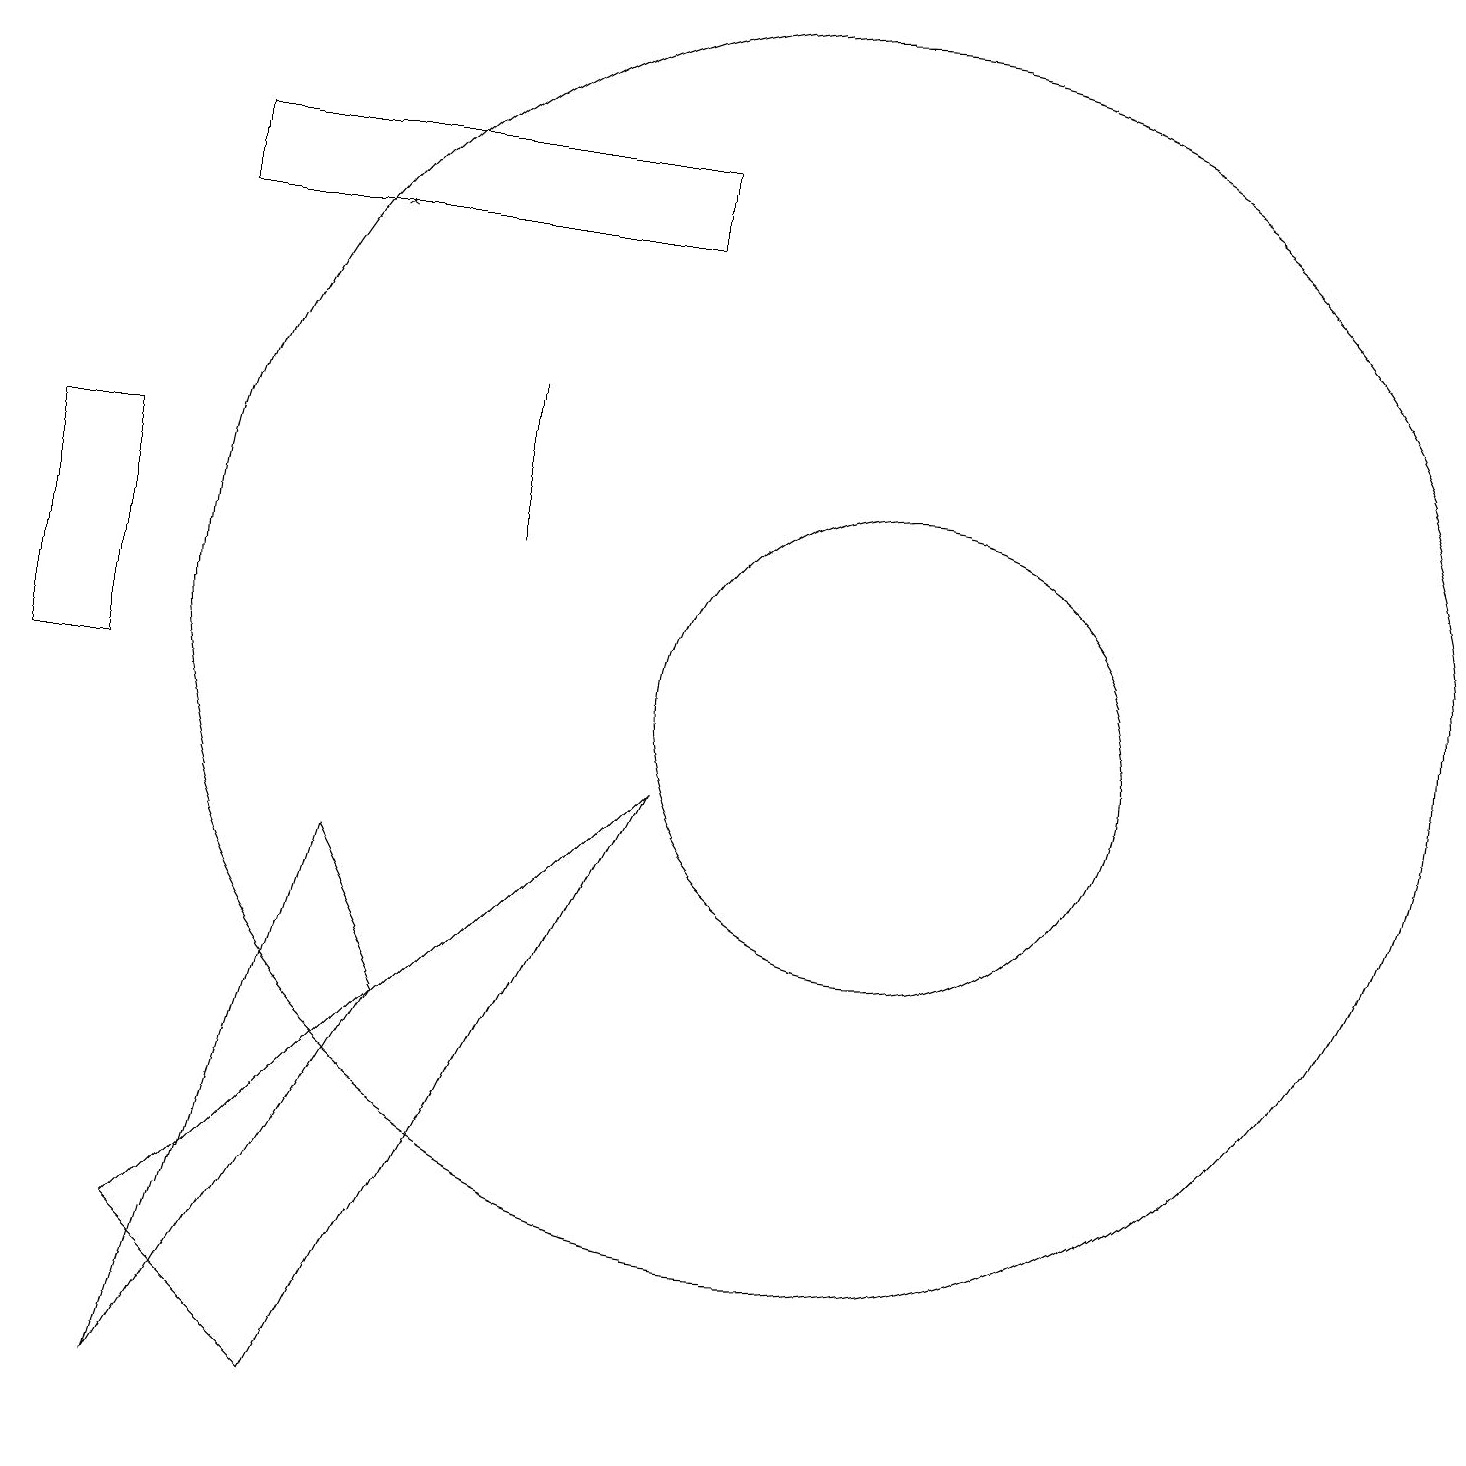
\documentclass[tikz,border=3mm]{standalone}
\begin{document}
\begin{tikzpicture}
\draw (8,17) rectangle (2,16);
\draw (6,14) rectangle (6,12);
\draw (0,10) rectangle (1,13);
\draw (4,8) -- (2,1) -- (5,6) -- cycle;
\draw (8,9) -- (4,1) -- (2,3) -- cycle;
\draw (11,10) circle (3);
\draw[->] (4,16) -- (4,16);
\draw (10,11) circle (8);
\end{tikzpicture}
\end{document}